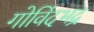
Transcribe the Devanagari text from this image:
गोविंदभद्र